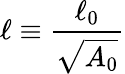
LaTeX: \ell\equiv\frac{\ell_{0}}{\sqrt{A_{0}}}